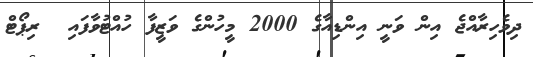
ދިވެހިރާއްޖެ އިން ވަނީ އިންޑިއާގެ 2000 މީހުންގެ ވަޒީފާ ހުއްޓުވާފައި  ރިޕޯޓް